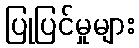
ပြုပြင်မှုများ